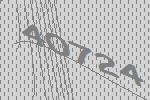
40724